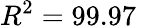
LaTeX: R^{2}=99.97\